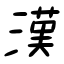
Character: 漢